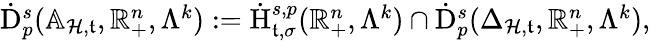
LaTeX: \begin{array}{r}{\dot{\mathrm{D}}_{p}^{s}(\mathbb{A}_{\mathcal{H},\mathfrak{t}},\mathbb{R}_{+}^{n},\Lambda^{k}):=\dot{\mathrm{H}}_{\mathfrak{t},\sigma}^{s,p}(\mathbb{R}_{+}^{n},\Lambda^{k})\cap\dot{\mathrm{D}}_{p}^{s}(\Delta_{\mathcal{H},\mathfrak{t}},\mathbb{R}_{+}^{n},\Lambda^{k})\mathrm{,~}}\end{array}